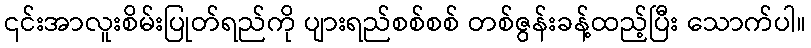
၎င်းအာလူးစိမ်းပြုတ်ရည်ကို ပျားရည်စစ်စစ် တစ်ဇွန်းခန့်ထည့်ပြီး သောက်ပါ။